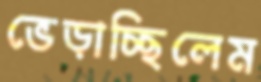
ভেড়াচ্ছিলেম